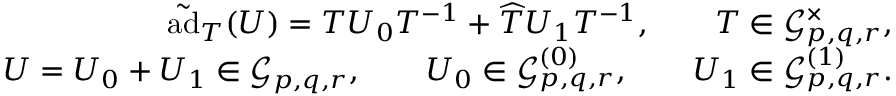
\begin{array} { r l r } & { } & { \tilde { \mathrm { a d } } _ { T } ( U ) = T U _ { 0 } T ^ { - 1 } + \widehat { T } U _ { 1 } T ^ { - 1 } , \qquad T \in \mathcal { G } _ { p , q , r } ^ { \times } , } \\ & { } & { U = U _ { 0 } + U _ { 1 } \in \mathcal { G } _ { p , q , r } , \qquad U _ { 0 } \in \mathcal { G } _ { p , q , r } ^ { ( 0 ) } , \qquad U _ { 1 } \in \mathcal { G } _ { p , q , r } ^ { ( 1 ) } . } \end{array}